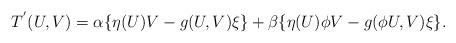
LaTeX: \begin{align*}T^{'}(U,V)=\alpha \{\eta (U)V-g(U,V)\xi\}+\beta\{\eta (U)\phi V-g(\phi U,V)\xi\}.\end{align*}